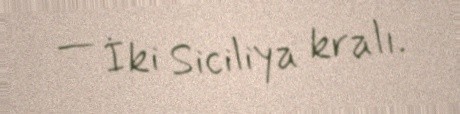
— İki Siciliya kralı.